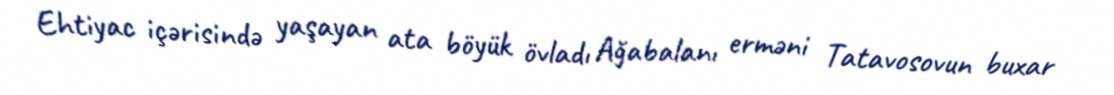
Ehtiyac içərisində yaşayan ata böyük övladı Ağabalanı erməni Tatavosovun buxar